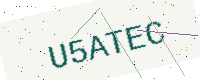
Text: U5ATEC